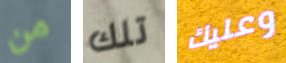
من تلك وعليك